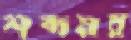
শব্দময়